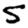
Digit: 5